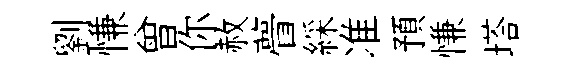
劉慊曾你赦瞢綵准預慊塔